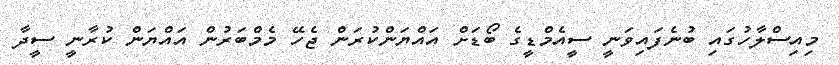
މިއިސްލާހުގައި ބުނެފައިވަނީ ސީއެމްޑީގެ ބޯޑަށް އައްޔަންކުރަން ޖެހޭ މެމްބަރުން އައްޔަން ކުރާނީ ސީދާ